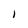
Character: I